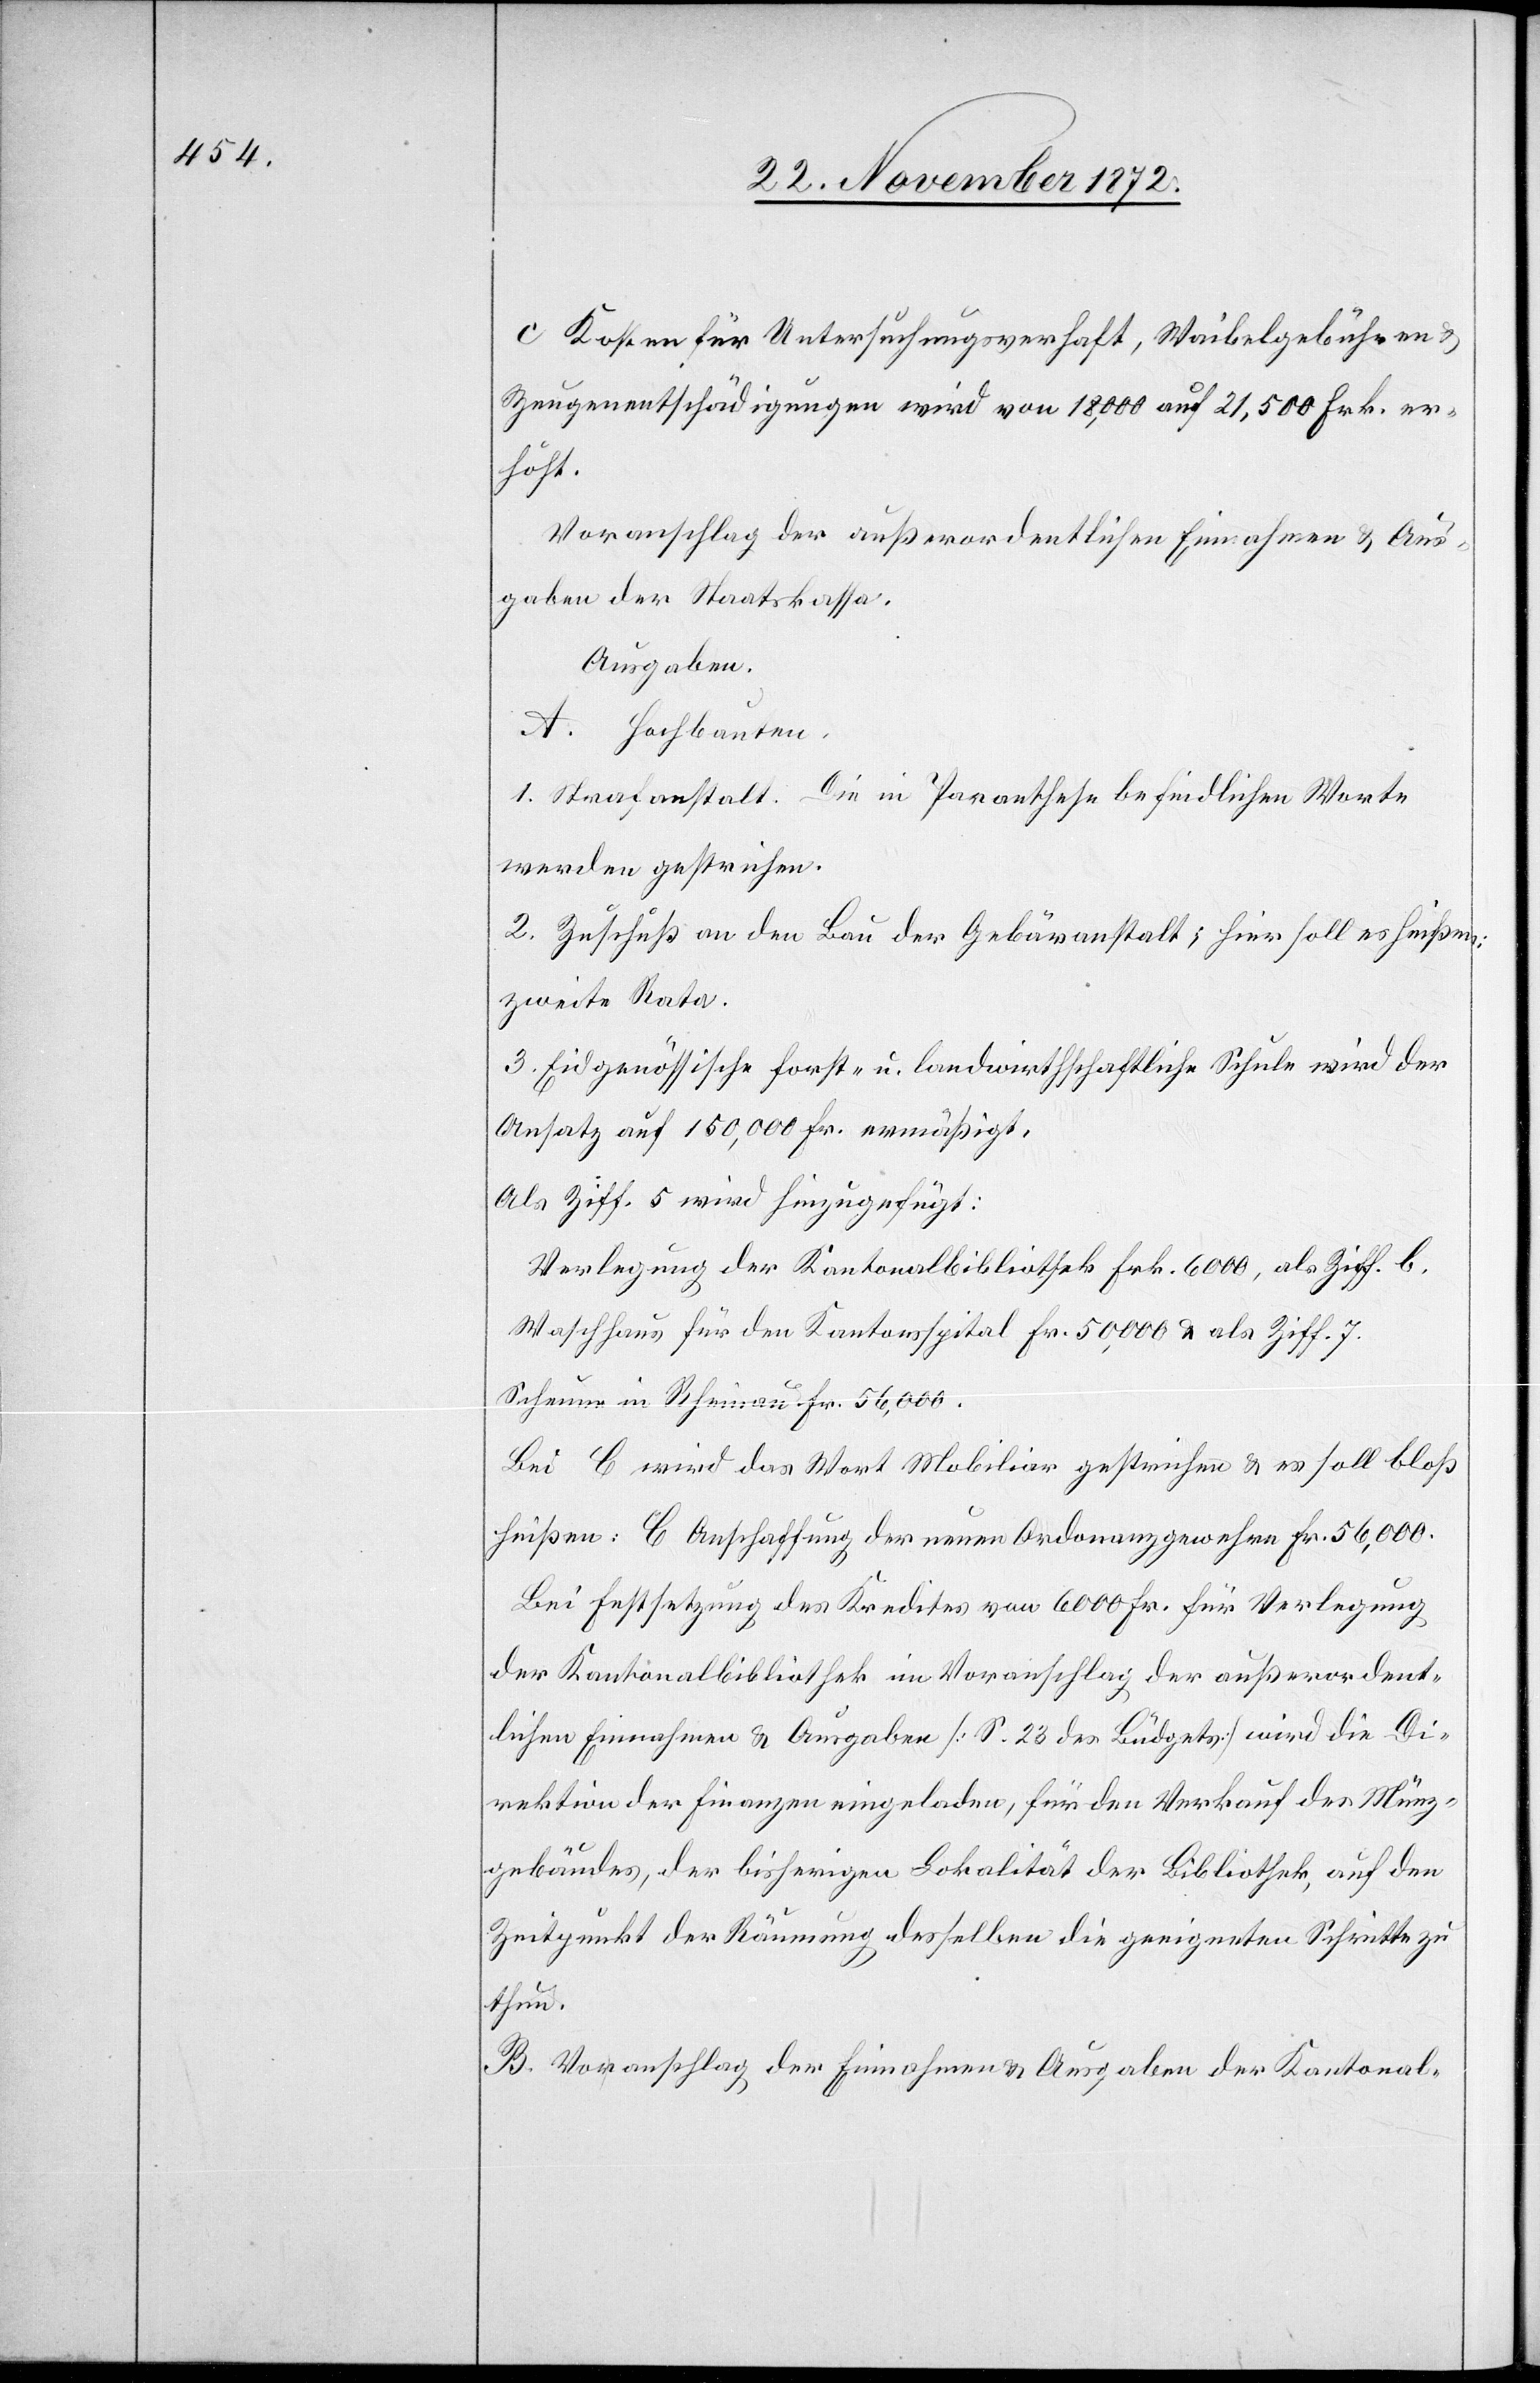
c Kosten für Untersuchungsverhaft, Waibelgebühren
Zeugenentschädigungen wird von 18,000 auf 21,500 Frk. er¬
höht.
Voranschlag der außerordentlichen Einnahmen u. Aus¬
gaben der Staatskassa.
Ausgaben
A. Hochbauten.
1. Strafanstalt. Die in Paranthese [sic!] befindlichen Worte
werden gestrichen.
2. Zuschuß an den Bau der Gebäranstalt; hier soll es heißen:
zweite Rata.
3. Eidgenössische forst- u. landwirthschaftliche Schule wird der
Ansatz auf 150,000 Fr. ermäßigt.
Als Ziff. 5 wird hinzugefügt.
Verlegung der Kantonalbibliothek Frk. 6000, als Ziff. b.
Waschhaus für den Kantonsspital Fr. 50,000 u. als Ziff. 7.
Scheune in Rheinau Fr. 56,000.
Bei C wird das Wort Mobiliar gestrichen u. es soll bloß
heißen: C Anschaffung der neuen Ordonanzgewehre Fr 56,000.
Bei Festsetzung des Kredites von 6000 Fr. für Verlegung
der Kantonalbibliothek im Voranschlag der außerordent¬
lichen Einnahmen u. Ausgaben [S. 23 des Büdgets] wird die Di¬
rektion der Finanzen eingeladen, für den Verkauf des Münz¬
gebäudes, der bisherigen Lokalität der Bibliothek, auf den
Zeitpunkte der Räumung desselben die geeigneten Schritte zu
thun.
B. Voranschlag der Einnahmen u. Ausgaben der Kantonal-